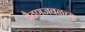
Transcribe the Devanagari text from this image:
पैठणजवळच्या